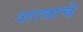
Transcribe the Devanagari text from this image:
शात्राचे